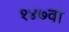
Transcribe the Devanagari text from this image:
१४७वां